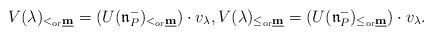
LaTeX: \begin{align*}V(\lambda)_{<_{\mathrm{or}} \underline{\mathbf m}}=(U(\mathfrak n^-_P)_{<_{\mathrm{or}} \underline{\mathbf m}})\cdot v_\lambda,V(\lambda)_{\le_{\mathrm{or}} \underline{\mathbf m}}=(U(\mathfrak n^-_P)_{\le_{\mathrm{or}} \underline{\mathbf m}})\cdot v_\lambda.\end{align*}